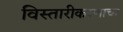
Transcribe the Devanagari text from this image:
विस्तारीकरणाचा